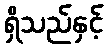
ရှိသည်နှင့်